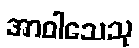
အာဝါသေသု